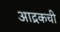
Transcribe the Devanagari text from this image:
आद्रकची